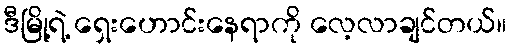
ဒီမြို့ရဲ့ ရှေးဟောင်းနေရာကို လေ့လာချင်တယ်။